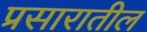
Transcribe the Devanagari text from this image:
प्रसारातील